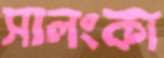
সালংকা